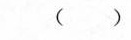
（ ）